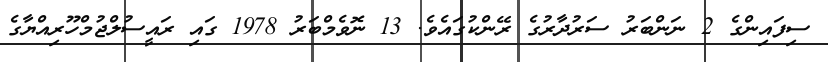
ސިފައިންގެ 2 ނަންބަރު ސަރުދާރުގެ ރޭންކުގައެވެ. 13 ނޮވެމްބަރު 1978 ގައި ރައީސުލްޖުމްހޫރިއްޔާގެ